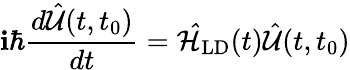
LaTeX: \mathbf{i}\hbar\frac{{d\hat{{\mathcal{{U}}}}(t,t_{0})}}{{dt}}=\mathcal{{\hat{{H}}}}_{\textrm{{LD}}}(t)\hat{{\mathcal{{U}}}}(t,t_{0})